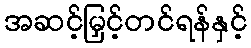
အဆင့်မြှင့်တင်ရန်နှင့်